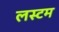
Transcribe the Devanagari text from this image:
लस्टम